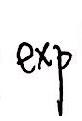
\( \exp \)